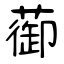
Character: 蓹